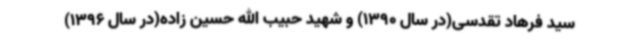
سید فرهاد تقدسی(در سال 1390) و شهید حبیب الله حسین زاده(در سال 1396)